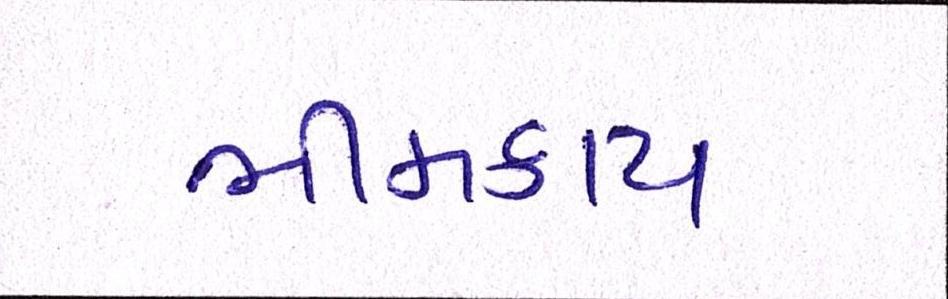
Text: ભીમકાય